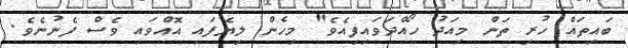
ބައިތައް ހުރި ތަން މިއަދު ހޯއްދަވައިފިއެވެ" މިހެން ލިޔެފައި އޮއްވައި ވެސް ފެނުނެވެ.